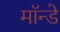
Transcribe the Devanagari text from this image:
मॉन्डे